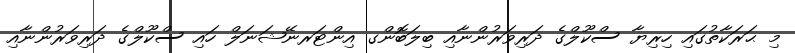
މި ޙަރަކާތުގައި ހިރިޔާ ސްކޫލްގެ ދަރިވަރުންނާއި ބިލަބޮންގ އިންޓަރނޭޝަނަލް ހައި ސްކޫލްގެ ދަރިވަރުންނާއި